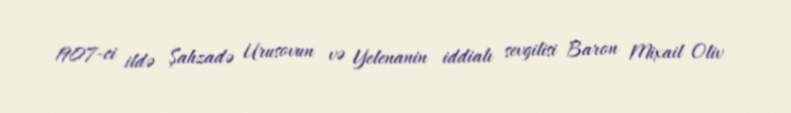
1907-ci ildə Şahzadə Urusovun və Yelenanin iddialı sevgilisi Baron Mixail Oliv